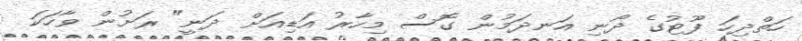
ހަތްދިހަ ފޫޓުގެ ދޯނި އަނދަމުން ގޮސް މިހާރު އަޑިއަށް ދަނީ" ރަށުން ވާހަކަ